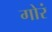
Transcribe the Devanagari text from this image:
गोरं